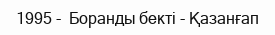
1995 -  Боранды бекті - Қазанғап